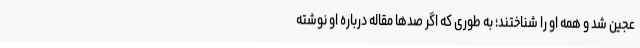
عجین شد و همه او را شناختند؛ به طوری که اگر صدها مقاله درباره او نوشته